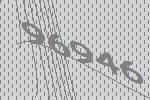
96946